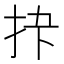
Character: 𪭣